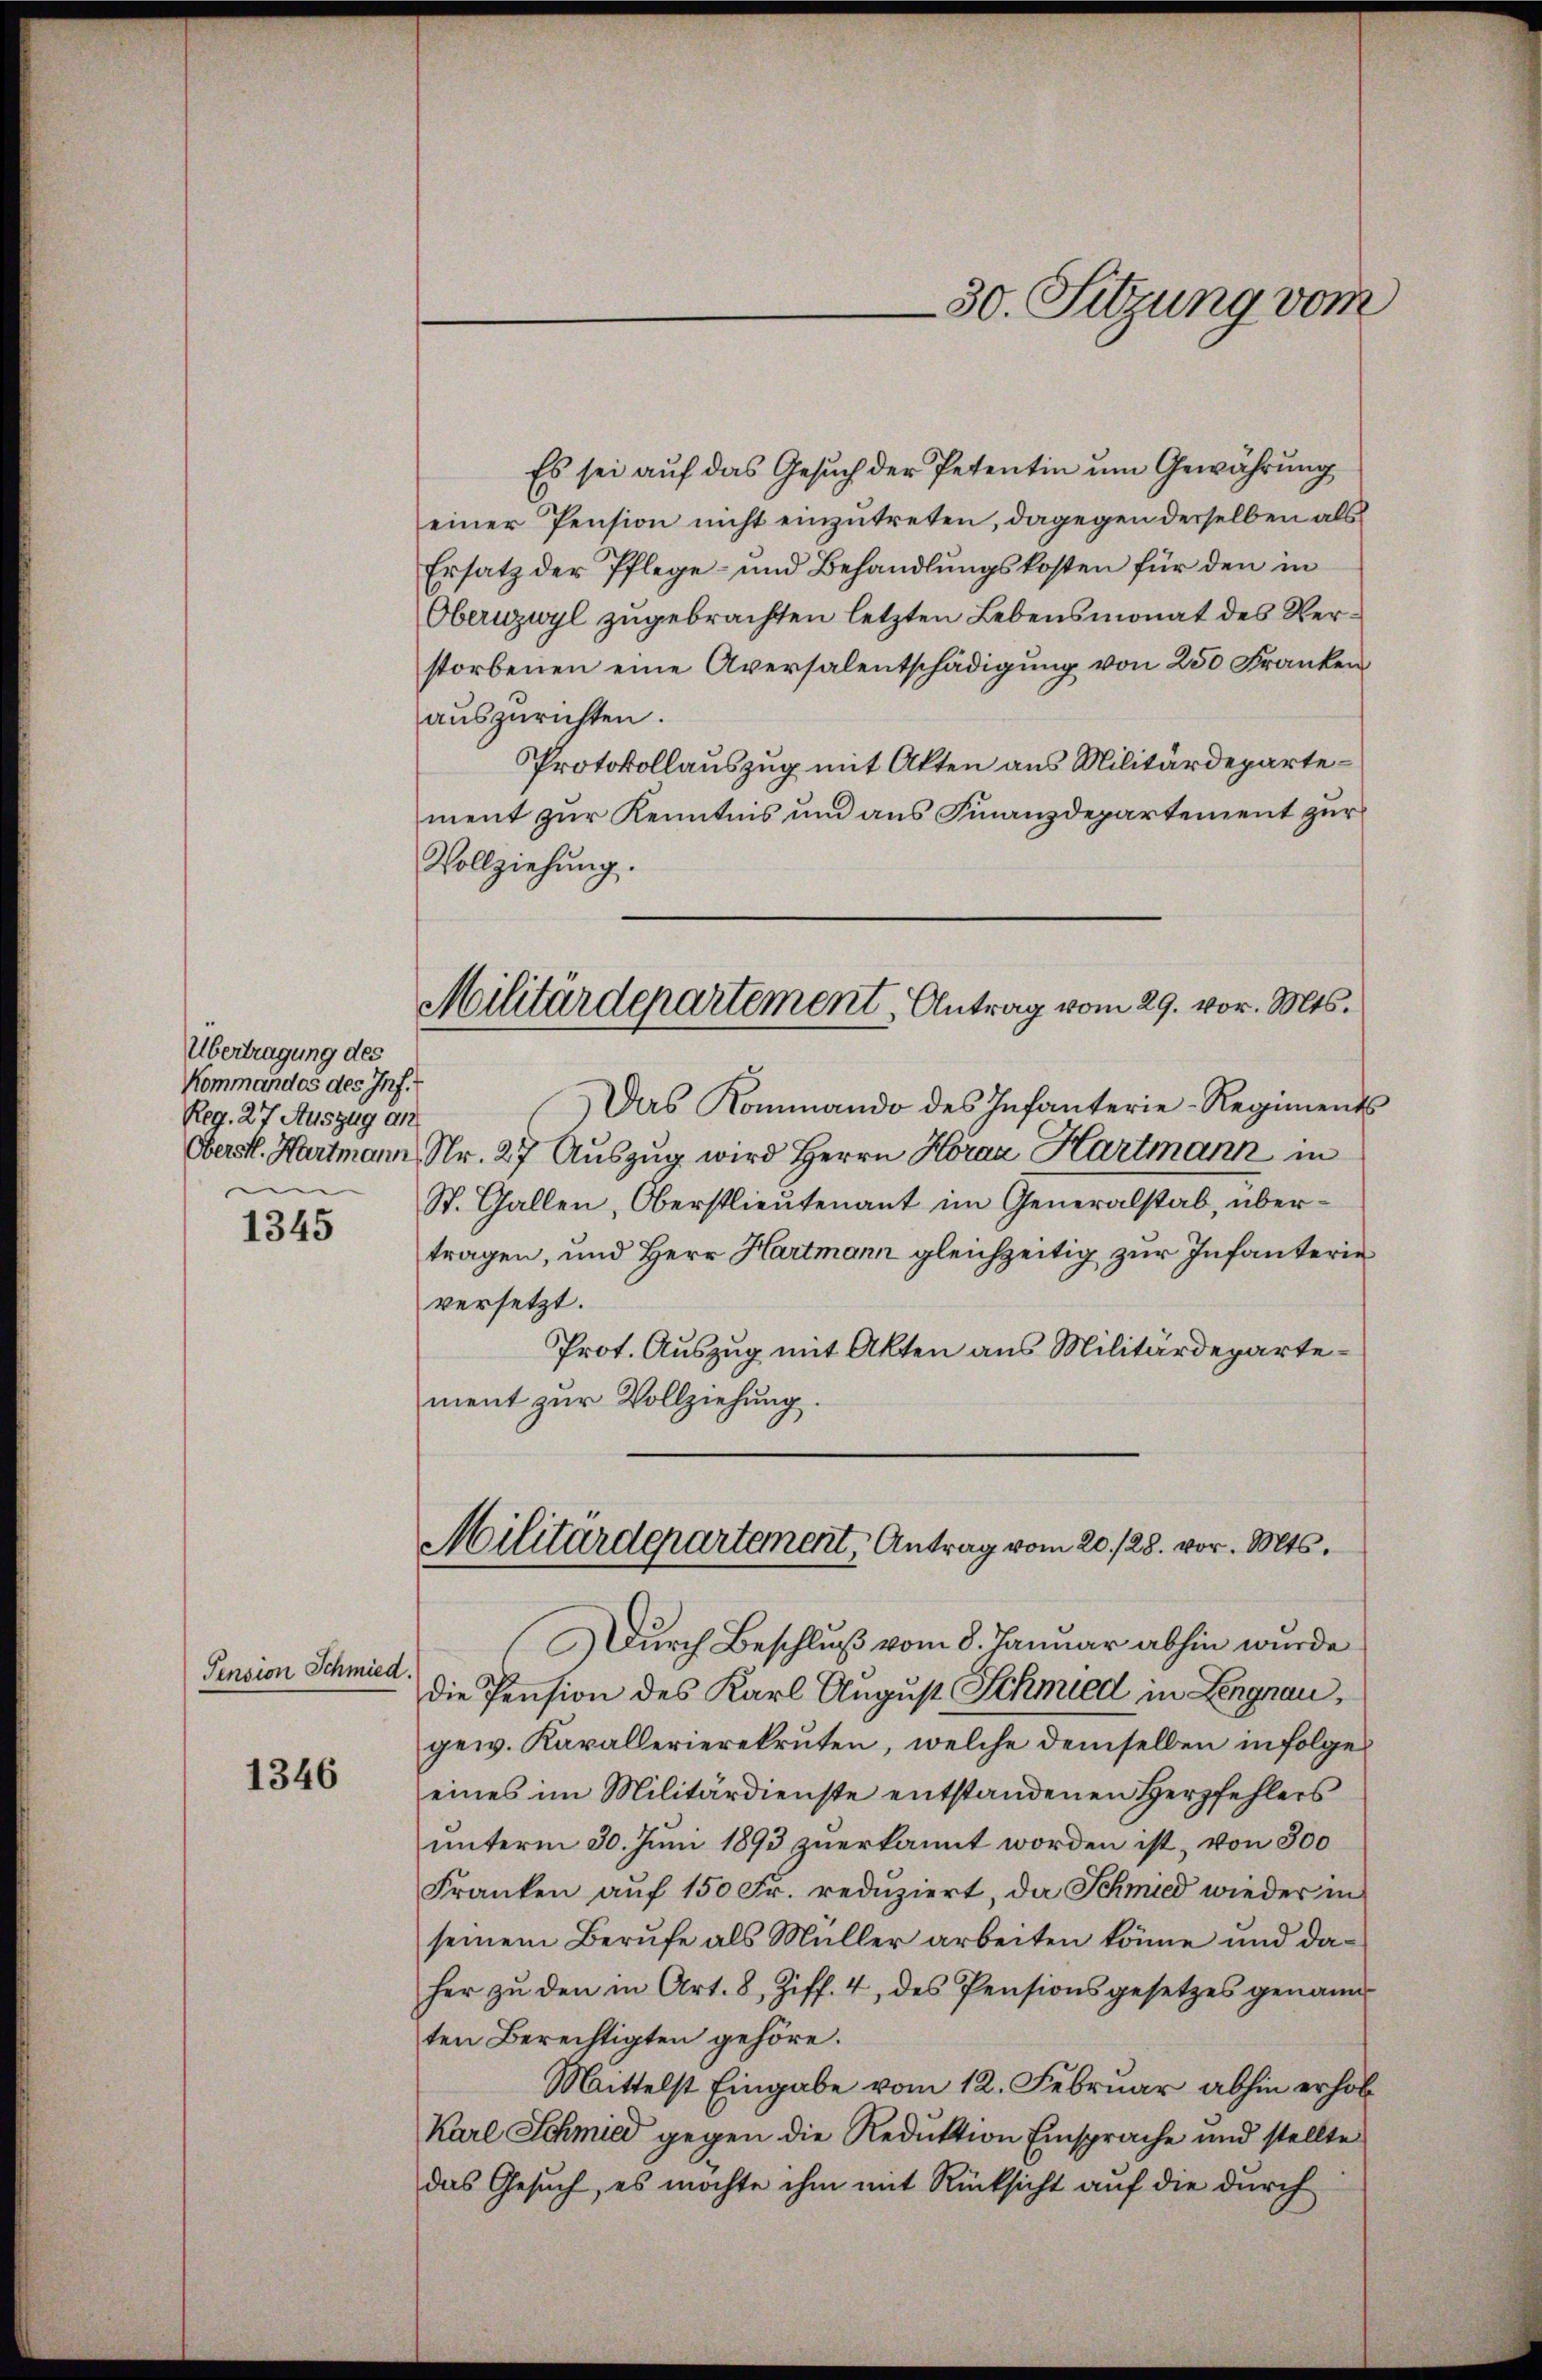
Übertragung des
Kommandes des Inf.
Reg. 27 Auszug an
Oberstl. Hartmann
e

1345

Pension Schmied.

1346

30. Sitzung vom

Es sei auf das Gesuch der Petentin um Gewährung
einer Pension nicht einzutreten, dagegen derselben als
Ersatz der Pflege- und Behandlungskosten für den in
Oberuzwyl zugebrachten letzten Lebensmonat des Verstorbenen eine Aversalentschädigung von 250 Franken
auszurichten.
Protokollauszug mit Akten aus Militärdepartement zur Kenntnis und aus Finanzdepartement zur
Vollziehung.
Militärdepartement, Antrag vom 29. vor. Mts.
Das Kommando des Infanterie-Regiments
Nr. 27 Auszug wird Herrn Horaz Hartmann in
St. Gallen, Oberstlieutenant im Generalstab, übertragen, und Herr Hartmann gleichzeitig zur Infanterie
versetzt.
Prot. Auszug mit Akten aus Militärdepartement zur Vollziehung.

Militärdepartement, Antrag vom 20./28. vor. Mts.

DDurch Beschluß vom 8. Januar abhin wurde
die Pension des Karl August Schmied in Lengnau,
gew. Karallerierekruten, welche demselben infolges
eines im Militärdienste entstandenen Herzfehlers
unterm 30. Juni 1893 zuerkannt worden ist, von 300
Franken auf 150 Fr. reduziert, da Schmied wieder in
seinem Berufe als Müller arbeiten könne und daher zŭ den in Art. 8, Ziff. 4, des Pensionsgesetzes genann
ten Berechtigten gehöre.
Mittelst Eingabe vom 12. Februar abhin erhob
Karl Schmied gegen die Reduktion Einsprache und stellte
das Gesuch, es möchte ihm mit Rücksicht auf die durch